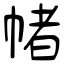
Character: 帾